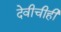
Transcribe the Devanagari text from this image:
देवीचीही